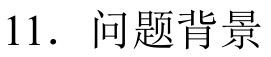
11. 问题背景